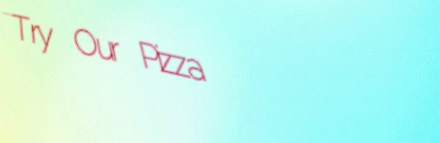
Try Our Pizza